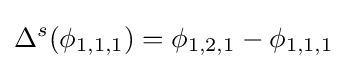
\Delta ^{s}(\phi _{1,1,1})=\phi _{1,2,1}-\phi _{1,1,1}